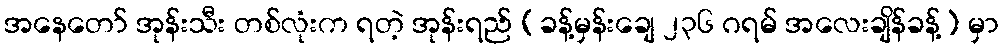
အနေတော် အုန်းသီး တစ်လုံးက ရတဲ့ အုန်းရည် (ခန့်မှန်းချေ ၂၃၆ ဂရမ် အလေးချိန်ခန့်) မှာ